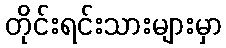
တိုင်းရင်းသားများမှာ